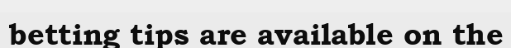
betting tips are available on the